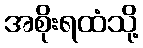
အစိုးရထံသို့